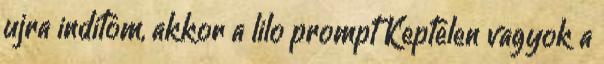
ujra inditom, akkor a lilo prompt Keptelen vagyok a